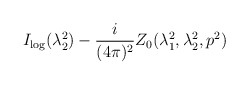
\begin{align*}I_{\log }(\lambda _{2}^{2})-\frac{i}{(4\pi )^{2}}Z_{0}(\lambda_{1}^{2},\lambda _{2}^{2},p^{2})\end{align*}